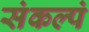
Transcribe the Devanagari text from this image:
संकल्पं